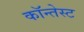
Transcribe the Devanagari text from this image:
कॉन्तेस्ट